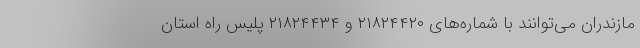
مازندران می‌توانند با شماره‌های ۲۱۸۲۴۴۲۰ و ۲۱۸۲۴۴۳۴ پلیس راه استان